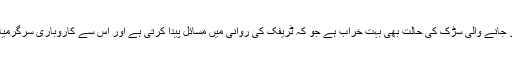
اسی طرح تاجروں نے کہا کہ چونگی نمبر14سے ریلوے پھاٹک کو جانے والی سڑک کی حالت بھی بہت خراب ہے جو کہ ٹریفک کی روانی میں مسائل پیدا کرتی ہے اور اس سے کاروباری سرگرمیاں بھی متاثر ہورہی ہیں‘ اس سڑک کی تعمیر و مرمت کرائی جائے۔